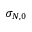
\sigma _ { N , 0 }